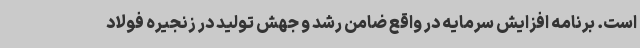
است. برنامه افزایش سرمایه در واقع ضامن رشد و جهش تولید در زنجیره فولاد